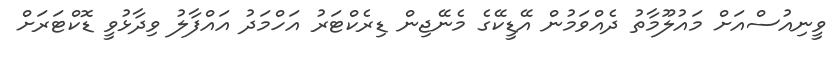
ވީނިއުސްއަށް މައުލޫމާތު ދެއްވަމުން އޭޑީކޭގެ މެނޭޖިން ޑިރެކްޓަރު އަހްމަދު އައްފާލު ވިދާޅުވީ ޑޮކްޓަރަށް